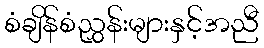
စံချိန်စံညွှန်းများနှင့်အညီ